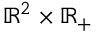
\mathbb { R } ^ { 2 } \times \mathbb { R } _ { + }